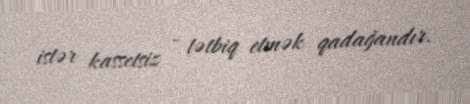
istər kassetsiz - tətbiq etmək qadağandır.